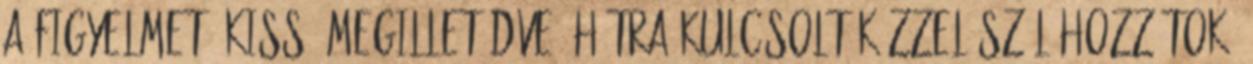
a figyelmet. Kissé megilletődve, hátra kulcsolt kézzel szól hozzátok: